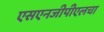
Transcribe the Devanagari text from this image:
एसएनजीपीएलचा